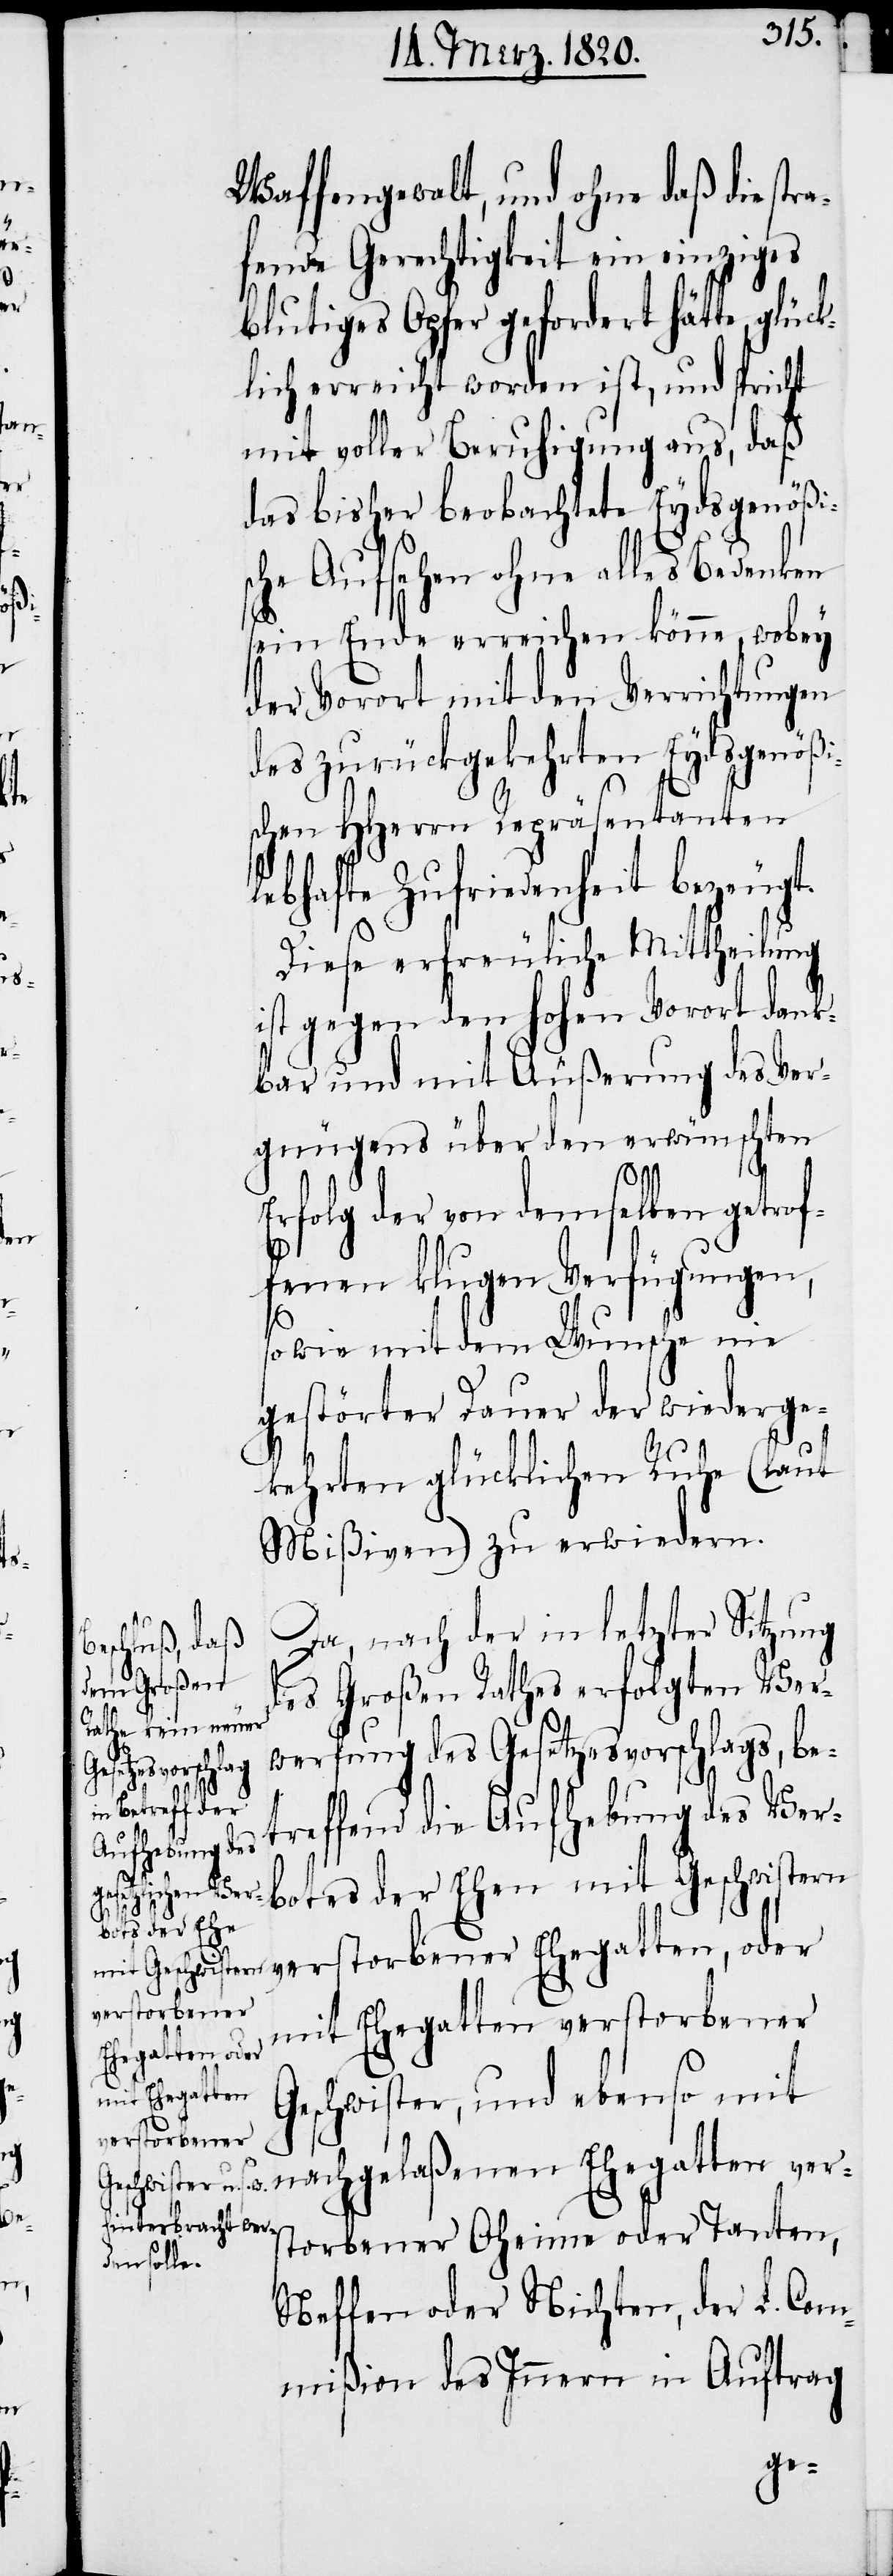
Waffengewalt, und ohne daß die str¬
afende Gerechtigkeit ein einziges
blutiges Opfer gefordert hätte, glück¬
lich erreicht worden ist, und spricht
mit voller Beruhigung aus, daß
das bisher beobachtete Eydsgenößi¬
sche Aufsehen ohne alles Bedenken
sein Ende erreichen könne, wobey
der Vorort mit den Verrichtungen
des zurückgekehrten Eydsgenößi¬
schen HHerrn Repräsentanten
reffend die Aufhebung
Diese erfreuliche Mittheilung
ist gegen den hohen Vorort dank¬
bar und mit Äußerung des Ver¬
gnügens über den erwünschten
Erfolg der von demselben getrof¬
fenen klugen Verfügungen,
sowie mit dem Wunsche nie
gestörter Dauer der wiederge¬
kehrten glücklichen Ruhe (laut
Mißiven) zu erwiedern.
Da, nach der in letzter Sitzung
des Großen Rathes erfolgten Ver¬
werfung des Gesetzesvorschlags, bet¬
des Verbotes der Ehen mit Geschwistern
t.
mit Ehegatten verstorbener
Ehegatten, oder
Geschwister, und ebenso mit
verstorbener
nachgelaßenen Ehegatten vers¬
torbener Oheime oder Tanten,
Neffen oder Nichten, der L. Com¬
mißion des Innern in Auftrag
le¬